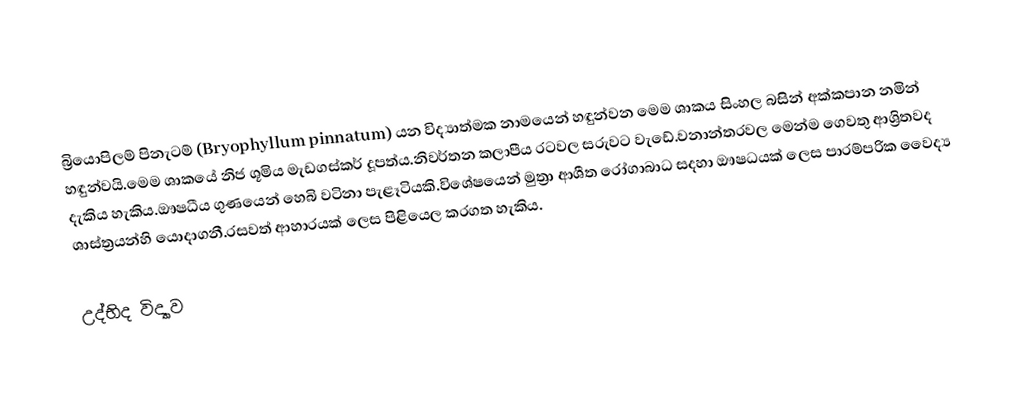
බ්‍රියොපිලම් පිනැටම් (Bryophyllum pinnatum) යන විද්‍යාත්මක නාමයෙන් හඳුන්වන මෙම ශාකය සිංහල බසින් අක්කපාන නමින් හඳුන්වයි.මෙම ශාකයේ නිජ ශූමිය මැඩගස්කර් දූපත්ය.නිවර්තන කලාපීය රටවල සරුවට වැඩේ.වනාන්තරවල මෙන්ම ගෙවතු ආශ්‍රිතවද දැකිය හැකිය.ඖෂධීය ගුණයෙන් හෙබි වටිනා පැළෑටියකි.විශේෂයෙන් මුත්‍රා ආශීත රෝගාබාධ සදහා ඖෂධයක් ලෙස පාරම්පරික වෛද්‍ය ශාස්ත්‍රයන්හි යොදාගනී.රසවත් ආහාරයක් ලෙස පිළියෙල කරගත හැකිය.

උද්භිද විද්‍යාව